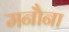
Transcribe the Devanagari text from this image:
मनौना